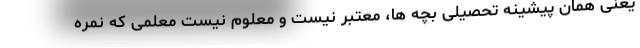
یعنی همان پیشینه تحصیلی بچه ها، معتبر نیست و معلوم نیست معلمی که نمره